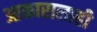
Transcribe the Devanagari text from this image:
आकारालाही